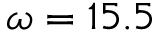
\omega = 1 5 . 5